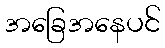
အခြေအနေပင်